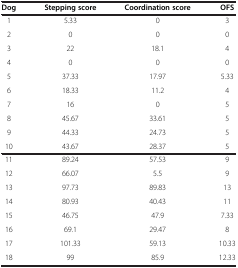
<table><thead><tr><td><b>Dog</b></td><td><b>Stepping score</b></td><td><b>Coordination score</b></td><td><b>OFS</b></td></tr></thead><tbody><tr><td>1</td><td>5.33</td><td>0</td><td>3</td></tr><tr><td>2</td><td>0</td><td>0</td><td>0</td></tr><tr><td>3</td><td>22</td><td>18.1</td><td>4</td></tr><tr><td>4</td><td>0</td><td>0</td><td>0</td></tr><tr><td>5</td><td>37.33</td><td>17.97</td><td>5.33</td></tr><tr><td>6</td><td>18.33</td><td>11.2</td><td>4</td></tr><tr><td>7</td><td>16</td><td>0</td><td>5</td></tr><tr><td>8</td><td>45.67</td><td>33.61</td><td>5</td></tr><tr><td>9</td><td>44.33</td><td>24.73</td><td>5</td></tr><tr><td>10</td><td>43.67</td><td>28.37</td><td>5</td></tr><tr><td>11</td><td>89.24</td><td>57.53</td><td>9</td></tr><tr><td>12</td><td>66.07</td><td>5.5</td><td>9</td></tr><tr><td>13</td><td>97.73</td><td>89.83</td><td>13</td></tr><tr><td>14</td><td>80.93</td><td>40.43</td><td>11</td></tr><tr><td>15</td><td>46.75</td><td>47.9</td><td>7.33</td></tr><tr><td>16</td><td>69.1</td><td>29.47</td><td>8</td></tr><tr><td>17</td><td>101.33</td><td>59.13</td><td>10.33</td></tr><tr><td>18</td><td>99</td><td>85.9</td><td>12.33</td></tr></tbody></table>